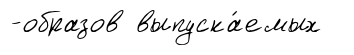
-образов выпуска́емых